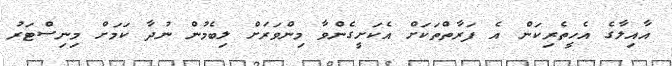
އާއިލާގެ އެހީތެރިކަން އެ ފަރާތްތަކަށް އެކަށީގެންވާ މިންވަރަށް ލިބެމުން ނުދާ ކަމަށް މިނިސްޓަރު